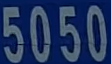
5050